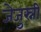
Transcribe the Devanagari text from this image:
जेजुस्नी